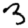
Digit: 3